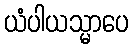
ယံပါယသ္မာပေ